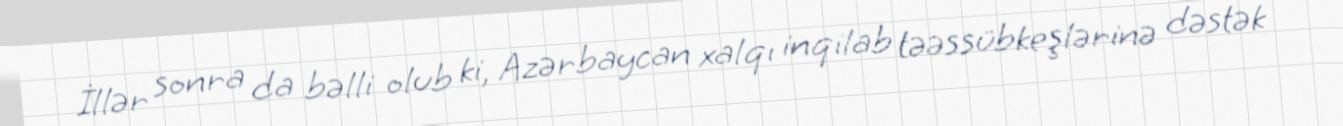
İllər sonra da bəlli olub ki, Azərbaycan xalqı inqilab təəssübkeşlərinə dəstək